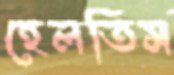
হেলতিস